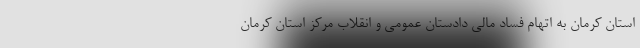
استان کرمان به اتهام فساد مالی دادستان عمومی و انقلاب مرکز استان کرمان